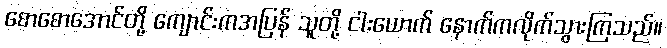
စောစောအောင်တို့ ကျောင်းကအပြန် သူတို့ ငါးယောက် နောက်ကလိုက်သွားကြသည်။